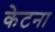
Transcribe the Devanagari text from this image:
केटना